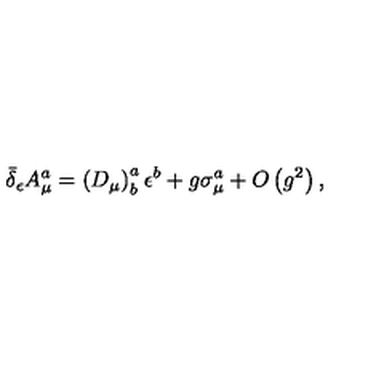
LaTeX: \bar { \delta } _ { \epsilon } A _ { \mu } ^ { a } = \left( D _ { \mu } \right) _ { b } ^ { a } \epsilon ^ { b } + g \sigma _ { \mu } ^ { a } + O \left( g ^ { 2 } \right) ,